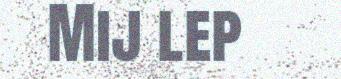
Mij lep